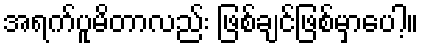
အရက်ပူမိတာလည်း ဖြစ်ချင်ဖြစ်မှာပေါ့။